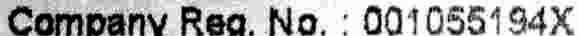
COMPANY REG. NO. : 001055194X